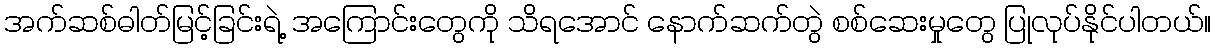
အက်ဆစ်ဓါတ်မြင့်ခြင်းရဲ့ အကြောင်းတွေကို သိရအောင် နောက်ဆက်တွဲ စစ်ဆေးမှုတွေ ပြုလုပ်နိုင်ပါတယ်။